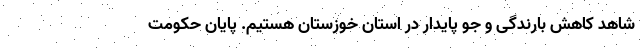
شاهد کاهش بارندگی و جو پایدار در استان خوزستان هستیم. پایان حکومت